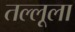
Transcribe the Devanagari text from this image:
तल्लूला